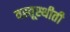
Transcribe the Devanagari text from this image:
वस्तूस्थीती